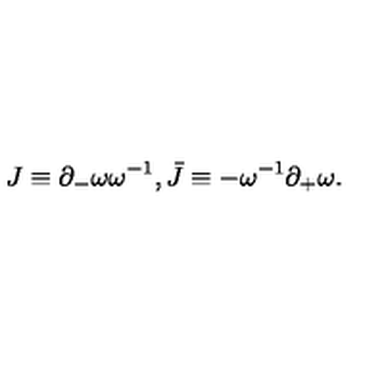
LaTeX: J \equiv \partial _ { - } \omega \omega ^ { - 1 } , \bar { J } \equiv - \omega ^ { - 1 } \partial _ { + } \omega .